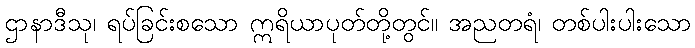
ဌာနာဒီသု၊ ရပ်ခြင်းစသော ဣရိယာပုတ်တို့တွင်။ အညတရံ၊ တစ်ပါးပါးသော